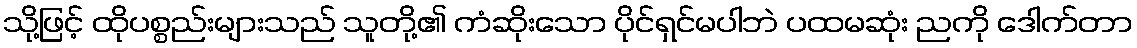
သို့ဖြင့် ထိုပစ္စည်းများသည် သူတို့၏ ကံဆိုးသော ပိုင်ရှင်မပါဘဲ ပထမဆုံး ညကို ဒေါက်တာ